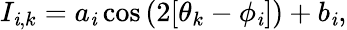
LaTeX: I_{\mathit{i},k}=a_{\mathit{i}}\cos{(2[\theta_{k}-\phi_{\mathit{i}}])}+b_{\mathit{i}},